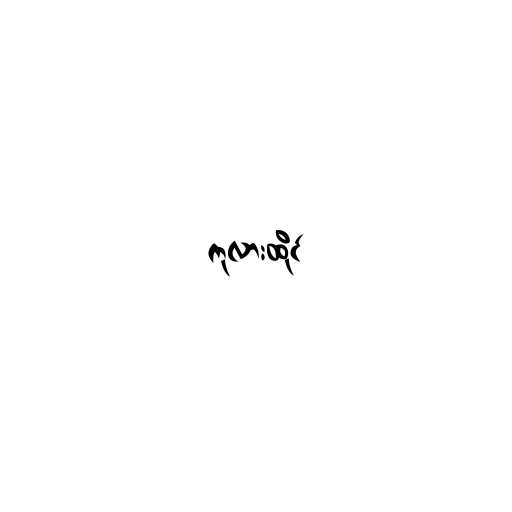
ကုလားထိုင်